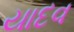
યાદવ